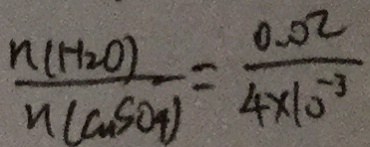
\frac { n ( H _ { 2 } 0 ) } { n ( c u S s O _ { 4 } ) } = \frac { 0 . 0 2 } { 4 \times 1 0 ^ { - 3 } }